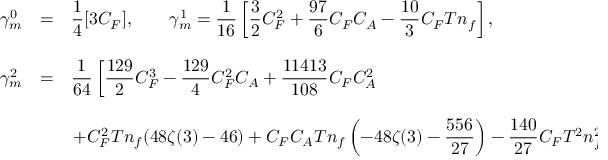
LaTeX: \begin{array} { l l l } { { \displaystyle \gamma _ { m } ^ { 0 } } } & { { = } } & { { \displaystyle \frac { 1 } { 4 } [ 3 C _ { F } ] , \ \ \ \ \ \ \gamma _ { m } ^ { 1 } = \displaystyle \frac { 1 } { 1 6 } \left[ \frac { 3 } { 2 } C _ { F } ^ { 2 } + \frac { 9 7 } { 6 } C _ { F } C _ { A } - \frac { 1 0 } { 3 } C _ { F } T n _ { f } \right] { } , } } \\ { { { } } } \\ { { \displaystyle \gamma _ { m } ^ { 2 } } } & { { = } } & { { \displaystyle \frac { 1 } { 6 4 } \left[ \frac { 1 2 9 } { 2 } C _ { F } ^ { 3 } - \frac { 1 2 9 } { 4 } C _ { F } ^ { 2 } C _ { A } + \frac { 1 1 4 1 3 } { 1 0 8 } C _ { F } C _ { A } ^ { 2 } \right. } } \\ { { \displaystyle { } } } \\ { { } } & { { } } & { { \displaystyle \left. + C _ { F } ^ { 2 } T n _ { f } ( 4 8 \zeta ( 3 ) - 4 6 ) + C _ { F } C _ { A } T n _ { f } \left( - 4 8 \zeta ( 3 ) - \frac { 5 5 6 } { 2 7 } \right) - \frac { 1 4 0 } { 2 7 } C _ { F } T ^ { 2 } n _ { f } ^ { 2 } \right] { } , } } \end{array}